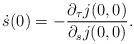
LaTeX: \begin{align*}\dot{s}(0)=-\frac{\partial_{\tau}j(0,0)}{\partial_{s} j(0,0)}.\end{align*}